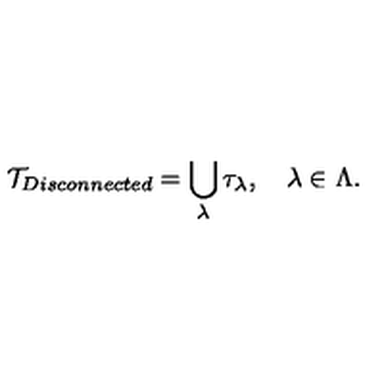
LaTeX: { \cal T } _ { D i s c o n n e c t e d } = \bigcup _ { \lambda } \tau _ { \lambda } , \quad \lambda \in \Lambda .